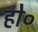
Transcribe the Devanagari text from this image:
हो०